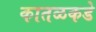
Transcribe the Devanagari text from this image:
कातळकडे